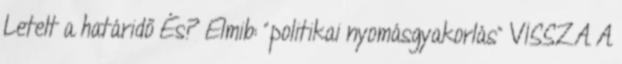
Letelt a határidő És? Elmib: “politikai nyomásgyakorlás” VISSZA A